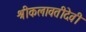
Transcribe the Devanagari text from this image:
श्रीकलावतीदेवी